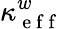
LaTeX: \kappa_{\mathrm{~e~f~f~}}^{w}